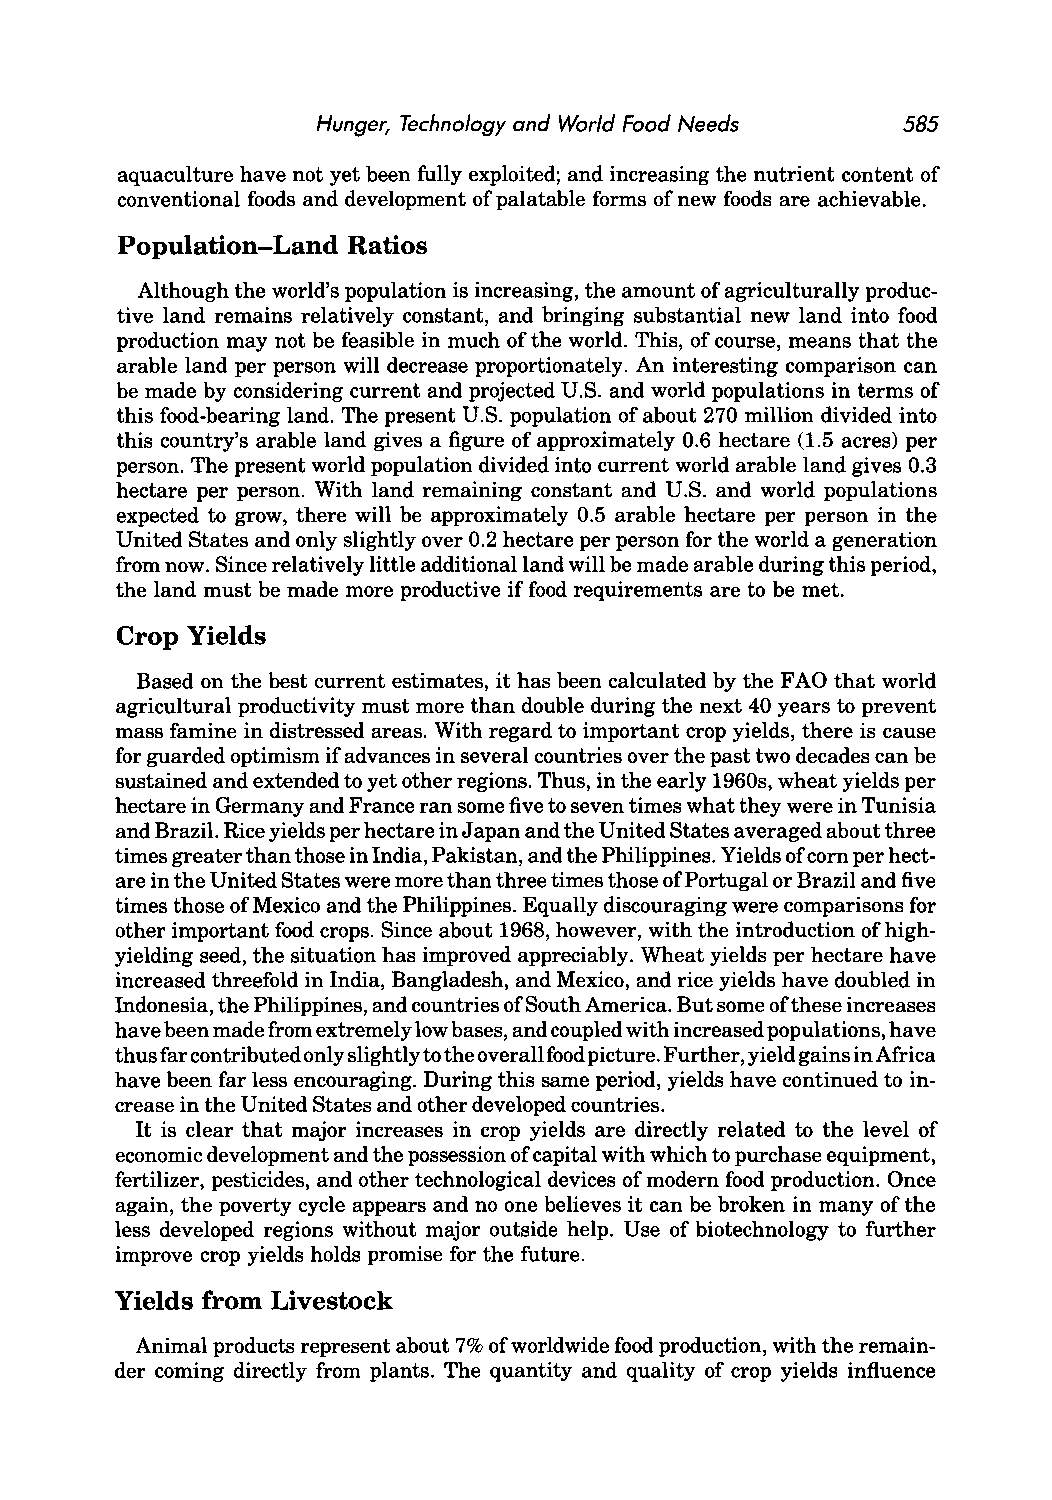
Hunger, Technology and World Food Needs 585
 aquaculture have not yet been fully exploited; and increasing the nutrient content of
 conventional foods and development of palatable forms of new foods are achievable.
 Population-Land Ratios
 Although the world's population is increasing, the amount of agriculturally produc
 tive land remains relatively constant, and bringing substantial new land into food
 production may not be feasible in much of the world. This, of course, means that the
 arable land per person will decrease proportionately. An interesting comparison can
 be made by considering current and projected U.S. and world populations in terms of
 this food-bearing land. The present U.S. population of about 270 million divided into
 this country's arable land gives a figure of approximately 0.6 hectare (1.5 acres) per
 person. The present world population divided into current world arable land gives 0.3
 hectare per person. With land remaining constant and U.S. and world populations
 expected to grow, there will be approximately 0.5 arable hectare per person in the
 United States and only slightly over 0.2 hectare per person for the world a generation
 from now. Since relatively little additional land will be made arable during this period,
 the land must be made more productive if food requirements are to be met.
 Crop Yields
 Based on the best current estimates, it has been calculated by the F AO that world
 agricultural productivity must more than double during the next 40 years to prevent
 mass famine in distressed areas. With regard to important crop yields, there is cause
 for guarded optimism if advances in several countries over the past two decades can be
 sustained and extended to yet other regions. Thus, in the early 1960s, wheat yields per
 hectare in Germany and France ran some five to seven times what they were in Tunisia
 and Brazil. Rice yields per hectare in Japan and the United States averaged about three
 times greater than those in India, Pakistan, and the Philippines. Yields of corn per hect
 are in the United States were more than three times those of Portugal or Brazil and five
 times those of Mexico and the Philippines. Equally discouraging were comparisons for
 other important food crops. Since about 1968, however, with the introduction of high
 yielding seed, the situation has improved appreciably. Wheat yields per hectare have
 increased threefold in India, Bangladesh, and Mexico, and rice yields have doubled in
 Indonesia, the Philippines, and countries of South America. But some of these increases
 have been made from extremely low bases, and coupled with increased populations, have
 thus far contributed only slightly to the overall food picture. Further, yield gains in Africa
 have been far less encouraging. During this same period, yields have continued to in
 crease in the United States and other developed countries.
 It is clear that major increases in crop yields are directly related to the level of
 economic development and the possession of capital with which to purchase equipment,
 fertilizer, pesticides, and other technological devices of modern food production. Once
 again, the poverty cycle appears and no one believes it can be broken in many of the
 less developed regions without major outside help. Use of biotechnology to further
 improve crop yields holds promise for the future.
 Yields from Livestock
 Animal products represent about 7% of worldwide food production, with the remain
 der coming directly from plants. The quantity and quality of crop yields influence